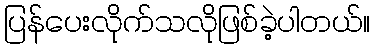
ပြန်ပေးလိုက်သလိုဖြစ်ခဲ့ပါတယ်။